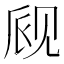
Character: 𫌪